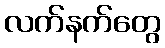
လက်နက်တွေ